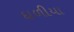
દાળીયા